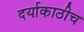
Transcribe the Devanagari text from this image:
दर्याकाठीच